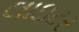
લાઇટર